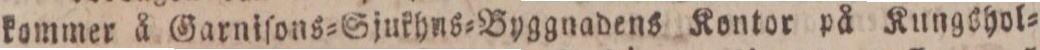
kommer å Garniſons=Sjukhns=Byggnadens Kontor på Kungshol=